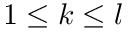
1 \le k \le l